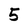
Character: 5